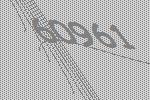
60961